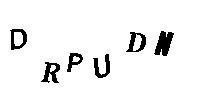
DRPUDN